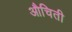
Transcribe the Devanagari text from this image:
औचिती